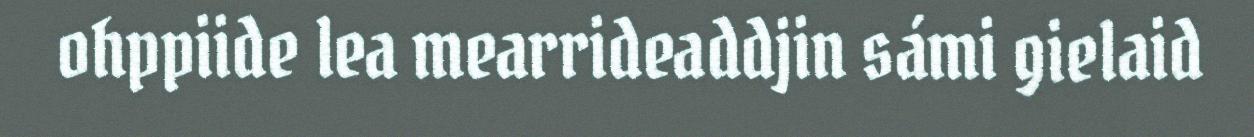
ohppiide lea mearrideaddjin sámi gielaid